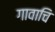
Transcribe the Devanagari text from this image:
गावाचि